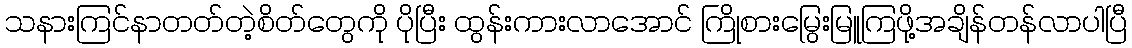
သနားကြင်နာတတ်တဲ့စိတ်တွေကို ပိုပြီး ထွန်းကားလာအောင် ကြိုစားမြွေးမြူကြဖို့အချိန်တန်လာပါပြီ